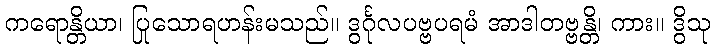
ကရောန္တိယာ၊ ပြုသောရဟန်းမသည်။ ဒွင်္ဂုလပဗ္ဗပရမံ အာဒါတဗ္ဗန္တိ၊ ကား။ ဒွိသု